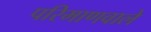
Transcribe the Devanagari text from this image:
परिमाणवाले